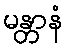
မန္တာနံ